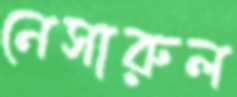
নেসারুল